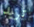
تريد